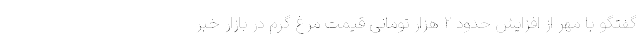
گفتگو با مهر از افزایش حدود ٢ هزار تومانی قیمت مرغ گرم در بازار خبر